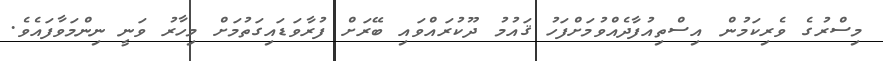
މިސްރުގެ ވެރިކަމުން އިސްތިއުފާދެއްވުމަށްފަހު ޤައުމު ދޫކުރައްވައި ބޭރަށް ފުރާވަޑައިގަތުމަށް މިހާރު ވަނީ ނިންމަވާފައެވެ.